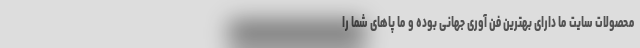
محصولات سایت ما دارای بهترین فن آوری جهانی بوده و ما پاهای شما را